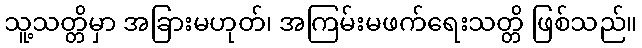
သူ့သတ္တိမှာ အခြားမဟုတ်၊ အကြမ်းမဖက်ရေးသတ္တိ ဖြစ်သည်။